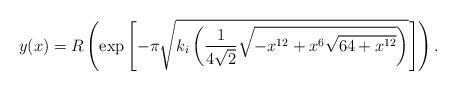
LaTeX: \begin{align*}y(x)=R\left(\exp\left[-\pi\sqrt{k_i\left(\frac{1}{4\sqrt{2}}\sqrt{-x^{12}+x^6\sqrt{64+x^{12}}}\right)}\right]\right).\end{align*}